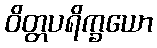
ဝိတ္တပရိက္ခယော